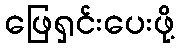
ဖြေရှင်းပေးဖို့